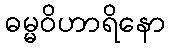
ဓမ္မဝိဟာရိနော